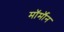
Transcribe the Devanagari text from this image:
मॉर्मॉन